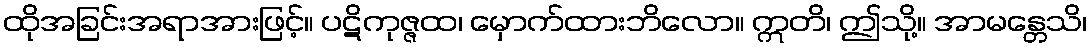
ထိုအခြင်းအရာအားဖြင့်။ ပဋိကုဇ္ဇထ၊ မှောက်ထားဘိလော။ ဣတိ၊ ဤသို့။ အာမန္တေသိ၊